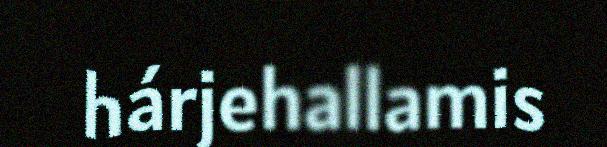
hárjehallamis